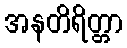
အနတိရိတ္တာ